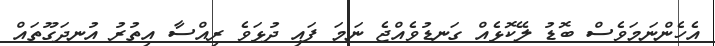
އެހެންނަމަވެސް ބޮޑު ލޭކޮޅެއް ގަނޑުވެއްޖެ ނަމަ ފައި ދުޅަވެ ރިއްސާ އިތުރު އުނދަގޫތައް